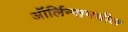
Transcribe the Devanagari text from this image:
ऑर्लिन्समधील